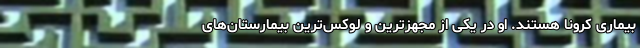
بیماری کرونا هستند. او در یکی از مجهزترین و لوکس‌ترین‌ بیمارستان‌های